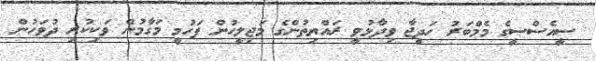
ސީއެސްސީގެ މެމްބަރު ހަދީޖާ ވިދާޅުވީ ރައްޔިތުންގެ މަޖިލީހުން ފަހުމީ މަގާމުން ވަކިކުރި ދުވަހުން